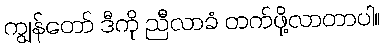
ကျွန်တော် ဒီကို ညီလာခံ တက်ဖို့လာတာပါ။